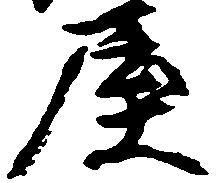
屋